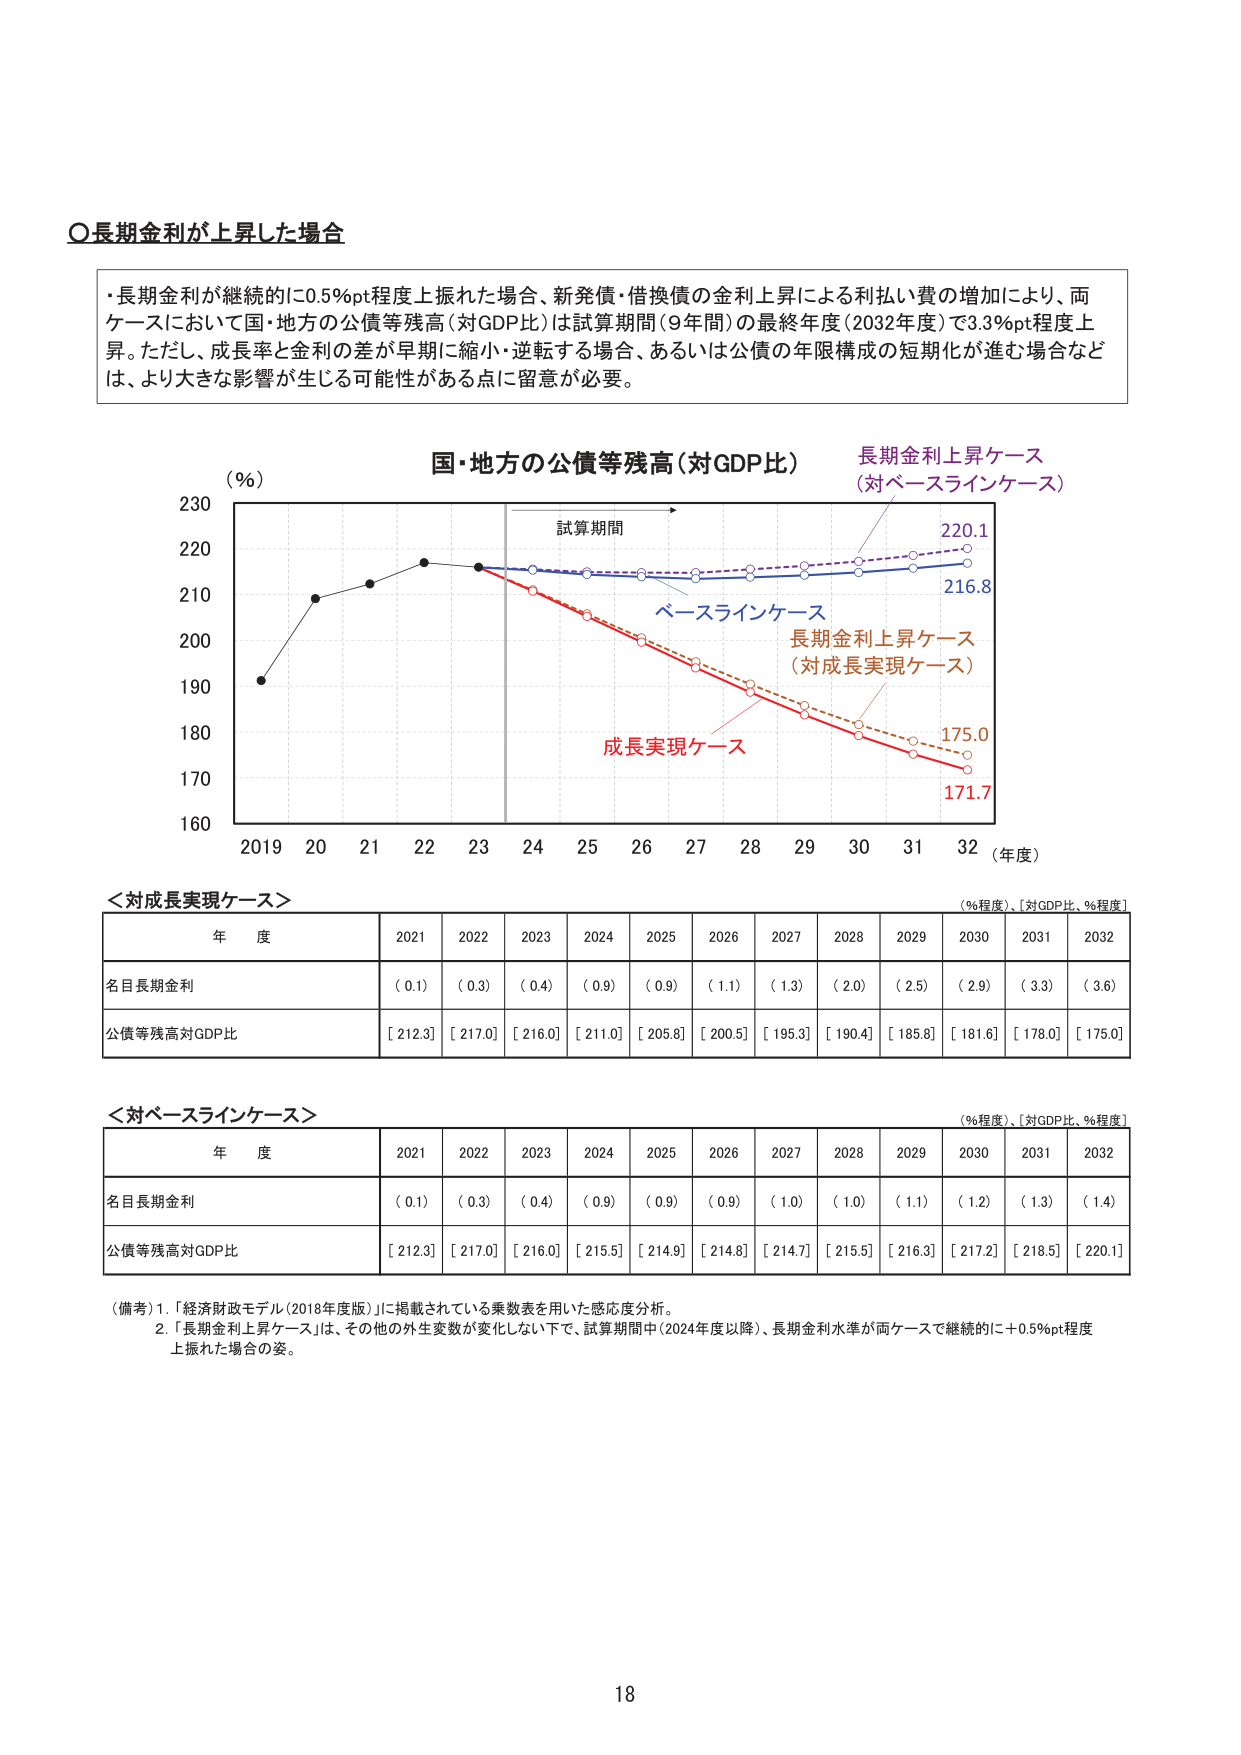
〇長期金利が上昇した場合

・長期金利が継続的に0.5%pt程度上振れた場合、新発債・借換債の金利上昇による利払い費の増加により、両ケースにおいて国・地方の公債等残高（対GDP比）は試算期間（9年間）の最終年度（2032年度）で3.3%pt程度上昇。ただし、成長率と金利の差が早期に縮小・逆転する場合、あるいは公債の年限構成の短期化が進む場合などは、より大きな影響が生じる可能性がある点に留意が必要。

（％）
国・地方の公債等残高（対GDP比）
長期金利上昇ケース
（対ベースラインケース）
試算期間
ベースラインケース
長期金利上昇ケース
（対成長実現ケース）
成長実現ケース
230
220
210
200
190
180
170
160
2019 20 21 22 23 24 25 26 27 28 29 30 31 32 （年度）
220.1
216.8
175.0
171.7

＜対成長実現ケース＞
（％程度）、［対GDP比、％程度］
年 度 2021 2022 2023 2024 2025 2026 2027 2028 2029 2030 2031 2032
名目長期金利 （ 0.1） （ 0.3） （ 0.4） （ 0.9） （ 0.9） （ 1.1） （ 1.3） （ 2.0） （ 2.5） （ 2.9） （ 3.3） （ 3.6）
公債等残高対GDP比 ［ 212.3］ ［ 217.0］ ［ 216.0］ ［ 211.0］ ［ 205.8］ ［ 200.5］ ［ 195.3］ ［ 190.4］ ［ 185.8］ ［ 181.6］ ［ 178.0］ ［ 175.0］

＜対ベースラインケース＞
（％程度）、［対GDP比、％程度］
年 度 2021 2022 2023 2024 2025 2026 2027 2028 2029 2030 2031 2032
名目長期金利 （ 0.1） （ 0.3） （ 0.4） （ 0.9） （ 0.9） （ 0.9） （ 1.0） （ 1.0） （ 1.1） （ 1.2） （ 1.3） （ 1.4）
公債等残高対GDP比 ［ 212.3］ ［ 217.0］ ［ 216.0］ ［ 215.5］ ［ 214.9］ ［ 214.8］ ［ 214.7］ ［ 215.5］ ［ 216.3］ ［ 217.2］ ［ 218.5］ ［ 220.1］

（備考）1. 「経済財政モデル（2018年度版）」に掲載されている乗数表を用いた感応度分析。
2. 「長期金利上昇ケース」は、その他の外生変数が変化しない下で、試算期間中（2024年度以降）、長期金利水準が両ケースで継続的に＋0.5%pt程度上振れた場合の姿。

18